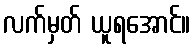
လက်မှတ် ယူရအောင်။